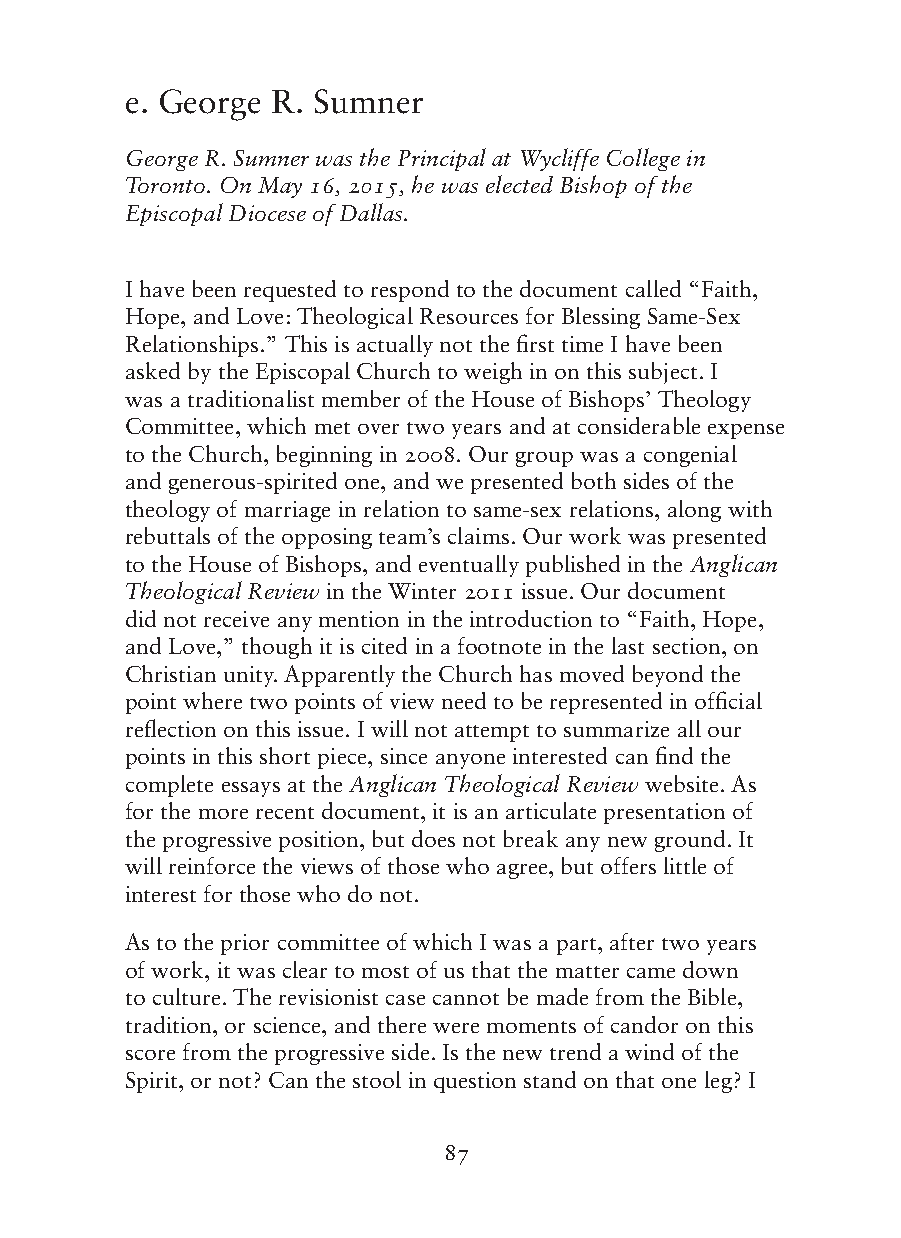
e. George R. Sumner
 George R. Sumner was the Principal at Wycliffe College in
 Toronto. On May 16, 2015, he was elected Bishop of the
 Episcopal Diocese of Dallas.
 I have been requested to respond to the document called “Faith,
 Hope, and Love: Theological Resources for Blessing Same-Sex
 Relationships.” This is actually not the first time I have been
 asked by the Episcopal Church to weigh in on this subject. I
 was a traditionalist member of the House of Bishops’ Theology
 Committee, which met over two years and at considerable expense
 to the Church, beginning in 2008. Our group was a congenial
 and generous-spirited one, and we presented both sides of the
 theology of marriage in relation to same-sex relations, along with
 rebuttals of the opposing team’s claims. Our work was presented
 to the House of Bishops, and eventually published in the Anglican
 Theological Review in the Winter 2011 issue. Our document
 did not receive any mention in the introduction to “Faith, Hope,
 and Love,” though it is cited in a footnote in the last section, on
 Christian unity. Apparently the Church has moved beyond the
 point where two points of view need to be represented in official
 reflection on this issue. I will not attempt to summarize all our
 points in this short piece, since anyone interested can find the
 complete essays at the Anglican Theological Review website. As
 for the more recent document, it is an articulate presentation of
 the progressive position, but does not break any new ground. It
 will reinforce the views of those who agree, but offers little of
 interest for those who do not.
 As to the prior committee of which I was a part, after two years
 of work, it was clear to most of us that the matter came down
 to culture. The revisionist case cannot be made from the Bible,
 tradition, or science, and there were moments of candor on this
 score from the progressive side. Is the new trend a wind of the
 Spirit, or not? Can the stool in question stand on that one leg? I
 87